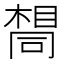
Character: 𫝛